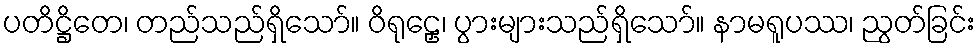
ပတိဋ္ဌိတေ၊ တည်သည်ရှိသော်။ ဝိရုဠှေ၊ ပွားများသည်ရှိသော်။ နာမရူပဿ၊ ညွတ်ခြင်း